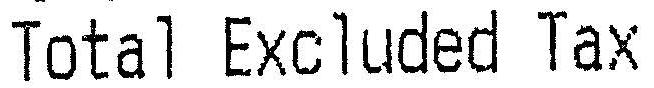
TOTAL EXCLUDED TAX